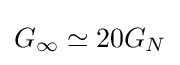
G_{\infty }\simeq 20G_{N}